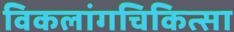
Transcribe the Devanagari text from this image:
विकलांगचिकित्सा